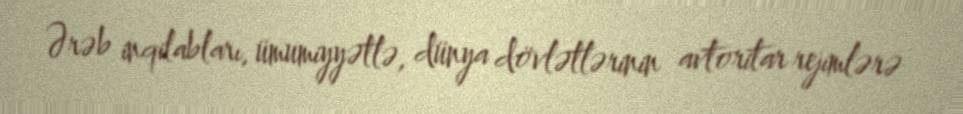
Ərəb inqilabları, ümumiyyətlə, dünya dövlətlərinin avtoritar rejimlərə